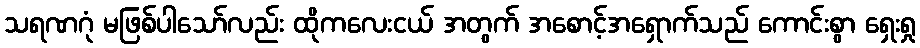
သရဏဂုံ မဖြစ်ပါသော်လည်း ထိုကလေးငယ် အတွက် အစောင့်အရှောက်သည် ကောင်းစွာ ရှေးရှု